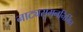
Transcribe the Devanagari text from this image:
नाट्यसुमननिर्मित